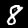
Digit: 8